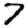
Digit: 7